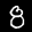
Label: 8